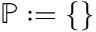
{ \mathbb { P } } : = \{ \}